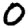
Digit: 0